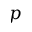
p